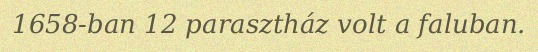
1658-ban 12 parasztház volt a faluban.